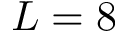
L = 8